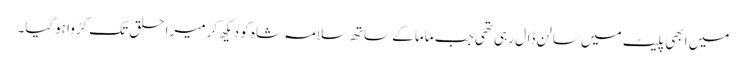
میں ابھی پلیٹ میں سالن ڈال رہی تھی جب ماما کے ساتھ سلامہ شاہ کو دیکھ کر میرا حلق تک کڑوا ہوگیا۔